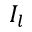
I _ { l }